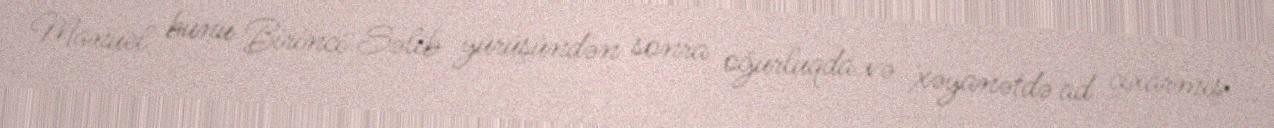
Manuel bunu Birinci Səlib yürüşündən sonra oğurluqda və xəyanətdə ad çıxarmış